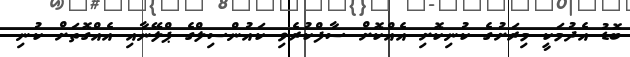
ބޮޑު އެދުމަކީ މިރަށުގެ ކުނިކޮށި އެއްކޮށް ސާފްކުރެވި ކައުންސިލްގެ ޕްލޭނާއި އެއްގޮތަށް ކުނި